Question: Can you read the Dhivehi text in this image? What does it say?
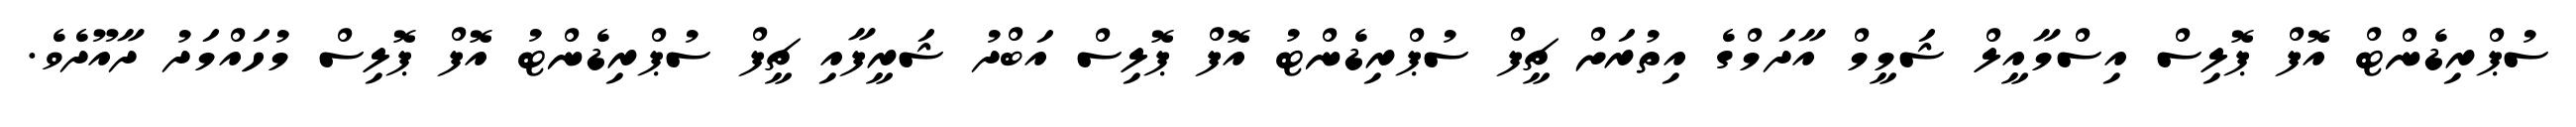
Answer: ސުޕްރިޑެންޓް އޮފް ޕޮލިސް އިސްމާއީލް ޝަމީމް އާދަމްގެ އިތުރަށް ޗީފް ސުޕްރިޑެންޓު އޮފް ޕޮލިސް އަބްދު ޝަރީފާއި ޗީފް ސުޕްރިޑެންޓު އޮފް ޕޮލިސް މުހައްމަދު ދާއޫދެވެ.